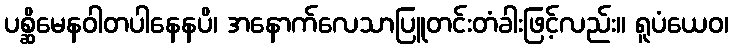
ပစ္ဆိမေနဝါတပါနေနပိ၊ အနောက်လေသာပြူတင်းတံခါးဖြင့်လည်း။ ရူပံယေဝ၊